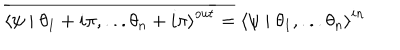
LaTeX: \overline { { { \left\langle \psi \mid \theta _ { 1 } + i \pi , . . . \theta _ { n } + i \pi \right\rangle ^ { o u t } } } } = \left\langle \psi \mid \theta _ { 1 } , . . . \theta _ { n } \right\rangle ^ { i n }